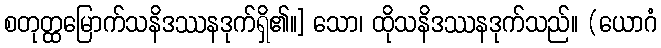
စတုတ္ထမြောက်သနိဒဿနဒုက်ရှိ၏။] သော၊ ထိုသနိဒဿနဒုက်သည်။ (ယောဂံ